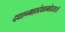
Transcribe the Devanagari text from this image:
दद्यान्महादेवप्रमोदया॥